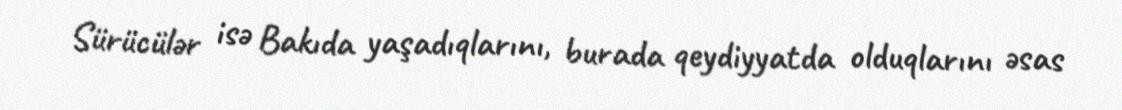
Sürücülər isə Bakıda yaşadıqlarını, burada qeydiyyatda olduqlarını əsas